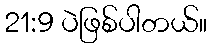
21:9 ပဲဖြစ်ပါတယ်။